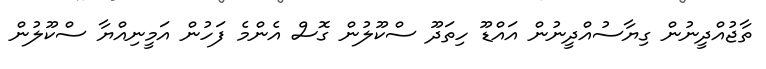
ތާޖުއްދީނުން ގިޔާސުއްދީނުން އައްޑޫ ހިތަދޫ ސްކޫލުން ގޮސް އެންމެ ފަހުން އަމީނިއްޔާ ސްކޫލުން